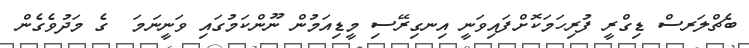
ބެޗްލަރސް ޑިގްރީ ފުރިހަމަކޮށްފައިވަނީ އިނގިރޭސި މީޑިއަމުން ނޫންކަމުގައި ވަނީނަމަ  ގެ މަދުވެގެން